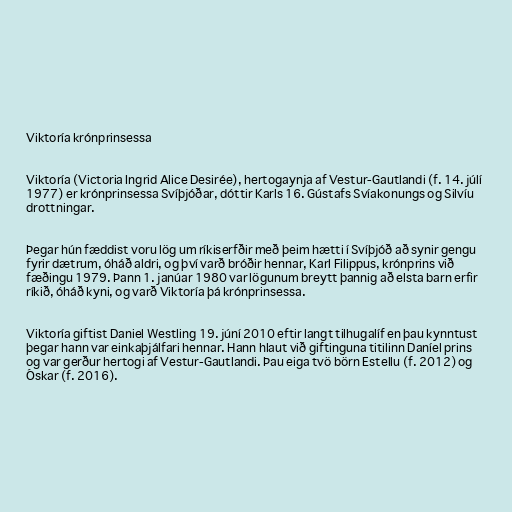
Viktoría krónprinsessa

Viktoría (Victoria Ingrid Alice Desirée), hertogaynja af Vestur-Gautlandi (f. 14. júlí
1977) er krónprinsessa Svíþjóðar, dóttir Karls 16. Gústafs Svíakonungs og Silvíu
drottningar.

Þegar hún fæddist voru lög um ríkiserfðir með þeim hætti í Svíþjóð að synir gengu
fyrir dætrum, óháð aldri, og því varð bróðir hennar, Karl Filippus, krónprins við
fæðingu 1979. Þann 1. janúar 1980 var lögunum breytt þannig að elsta barn erfir
ríkið, óháð kyni, og varð Viktoría þá krónprinsessa.

Viktoría giftist Daniel Westling 19. júní 2010 eftir langt tilhugalíf en þau kynntust
þegar hann var einkaþjálfari hennar. Hann hlaut við giftinguna titilinn Daníel prins
og var gerður hertogi af Vestur-Gautlandi. Þau eiga tvö börn Estellu (f. 2012) og
Óskar (f. 2016).